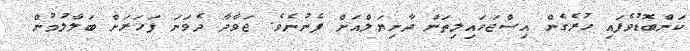
ކަންބޮޑުވެފައި ހުރެގެން އިސްޖަހައިލިތަން ދާނިޔަލްއަށް ފެނުނެވެ. ޖަވާދާ ދެވަނަ ފަހަރަށް ބަލާލުމުން